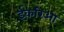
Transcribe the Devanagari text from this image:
ईकरिआ